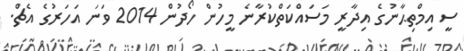
ސީ އިމްތިޙާނުގެ އިދާރީ މަސައްކަތްކުރާނެ މީހުން ހޯދުން 2014 ވަނަ އަހަރުގެ އެޗް.